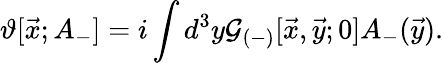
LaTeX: \vartheta[{\vec{x}};A_{-}]=i\int d^{3}y{\cal G}_{(-)}[\vec{x},\vec{y};0]A_{-}(\vec{y}).